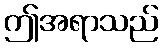
ဤအရာသည်